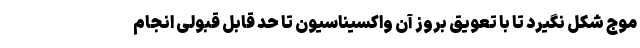
موج شکل نگیرد تا با تعویق بروز آن واکسیناسیون تا حد قابل قبولی انجام